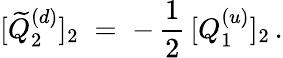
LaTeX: [\widetilde{Q}_{2}^{(d)}]_{2}\; =\; -\, \frac{1}{2}\, [Q_{1}^{(u)}]_{2}\, .